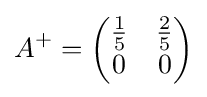
A^{+}={\begin{pmatrix}{\frac {1}{5}}&{\frac {2}{5}}\\0&0\end{pmatrix}}